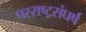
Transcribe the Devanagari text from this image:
परराष्ट्रसंघर्ष